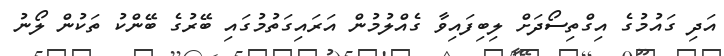
އަދި ގައުމުގެ އިގްތިސޯދަށް ލިބިފައިވާ ގެއްލުމުން އަރައިގަތުމުގައި ބޭރުގެ ބޭންކު ތަކުން ލޯނު